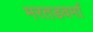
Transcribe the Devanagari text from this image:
मरतडवर्मा